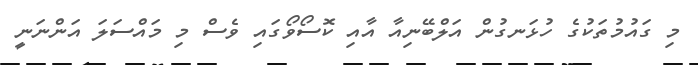
މި ގައުމުތަކުގެ ހުޅަނގުން އަލްބޭނިއާ އާއި ކޮސޯވޯގައި ވެސް މި މައްސަލަ އަންނަނީ